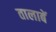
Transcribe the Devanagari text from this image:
तालाबें